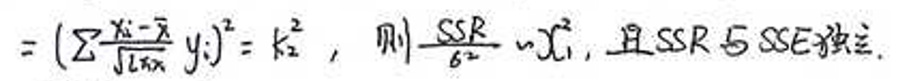
$= \left(\sum \frac{x_i - \bar{x}}{\sqrt{l_{xx}}} y_i\right)^2 = k_2^2,  $则$  \frac{SSR}{\sigma^2} \sim \chi_1^2,  $且  SSR  与  SSE  独立.